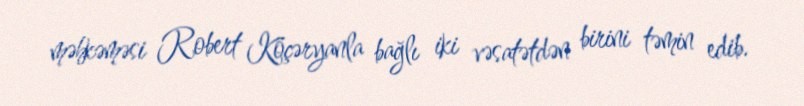
məhkəməsi Robert Köçəryanla bağlı iki vəsatətdən birini təmin edib.